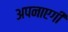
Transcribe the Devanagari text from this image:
अपनाएगी